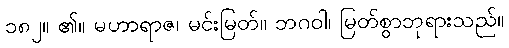
၁၈၂။ ၏။ မဟာရာဇ၊ မင်းမြတ်။ ဘဂဝါ၊ မြတ်စွာဘုရားသည်။